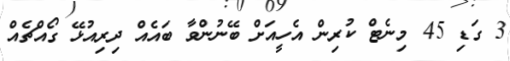
3 ގަޑި 45 މިނެޓް ކުރިން އެހީއަށް ބޭނުންވާ ބައެއް ދިރިއުޅޭ ގޯއްޗެއް